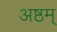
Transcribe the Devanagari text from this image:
अष्ठम्‌